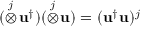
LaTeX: ( \stackrel { j } { \otimes } \! \mathbf { u } ^ { \dag } ) ( \stackrel { j } { \otimes } \! \mathbf { u } ) = ( \mathbf { u } ^ { \dag } \mathbf { u } ) ^ { j }